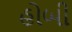
હોબી